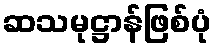
ဆသမုဋ္ဌာန်ဖြစ်ပုံ